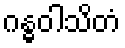
ဂန္ဓဝါသိတံ